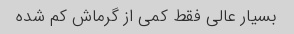
بسیار عالی فقط کمی از گرماش کم شده